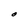
Character: O